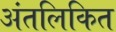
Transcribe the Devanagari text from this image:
अंतलिकित